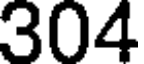
304